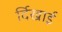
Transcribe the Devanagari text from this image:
र्दिखाई